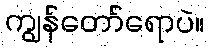
ကျွန်တော်ရောပဲ။